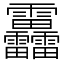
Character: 靐